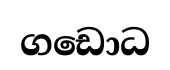
ගඩොධ